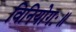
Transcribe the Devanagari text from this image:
विनियोगः॥